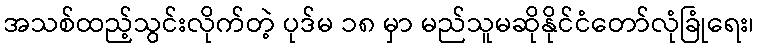
အသစ်ထည့်သွင်းလိုက်တဲ့ ပုဒ်မ ၁၈ မှာ မည်သူမဆိုနိုင်ငံတော်လုံခြုံရေး၊